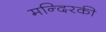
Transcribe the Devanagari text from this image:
मन्दिरकी